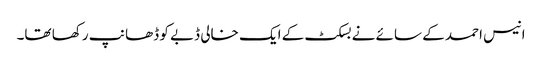
انیس احمد کے سائے نے بسکٹ کے ایک خالی ڈبے کو ڈھانپ رکھا تھا۔